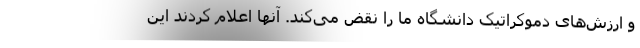
و ارزش‌های دموکراتیک دانشگاه ما را نقض می‌کند. آنها اعلام کردند این